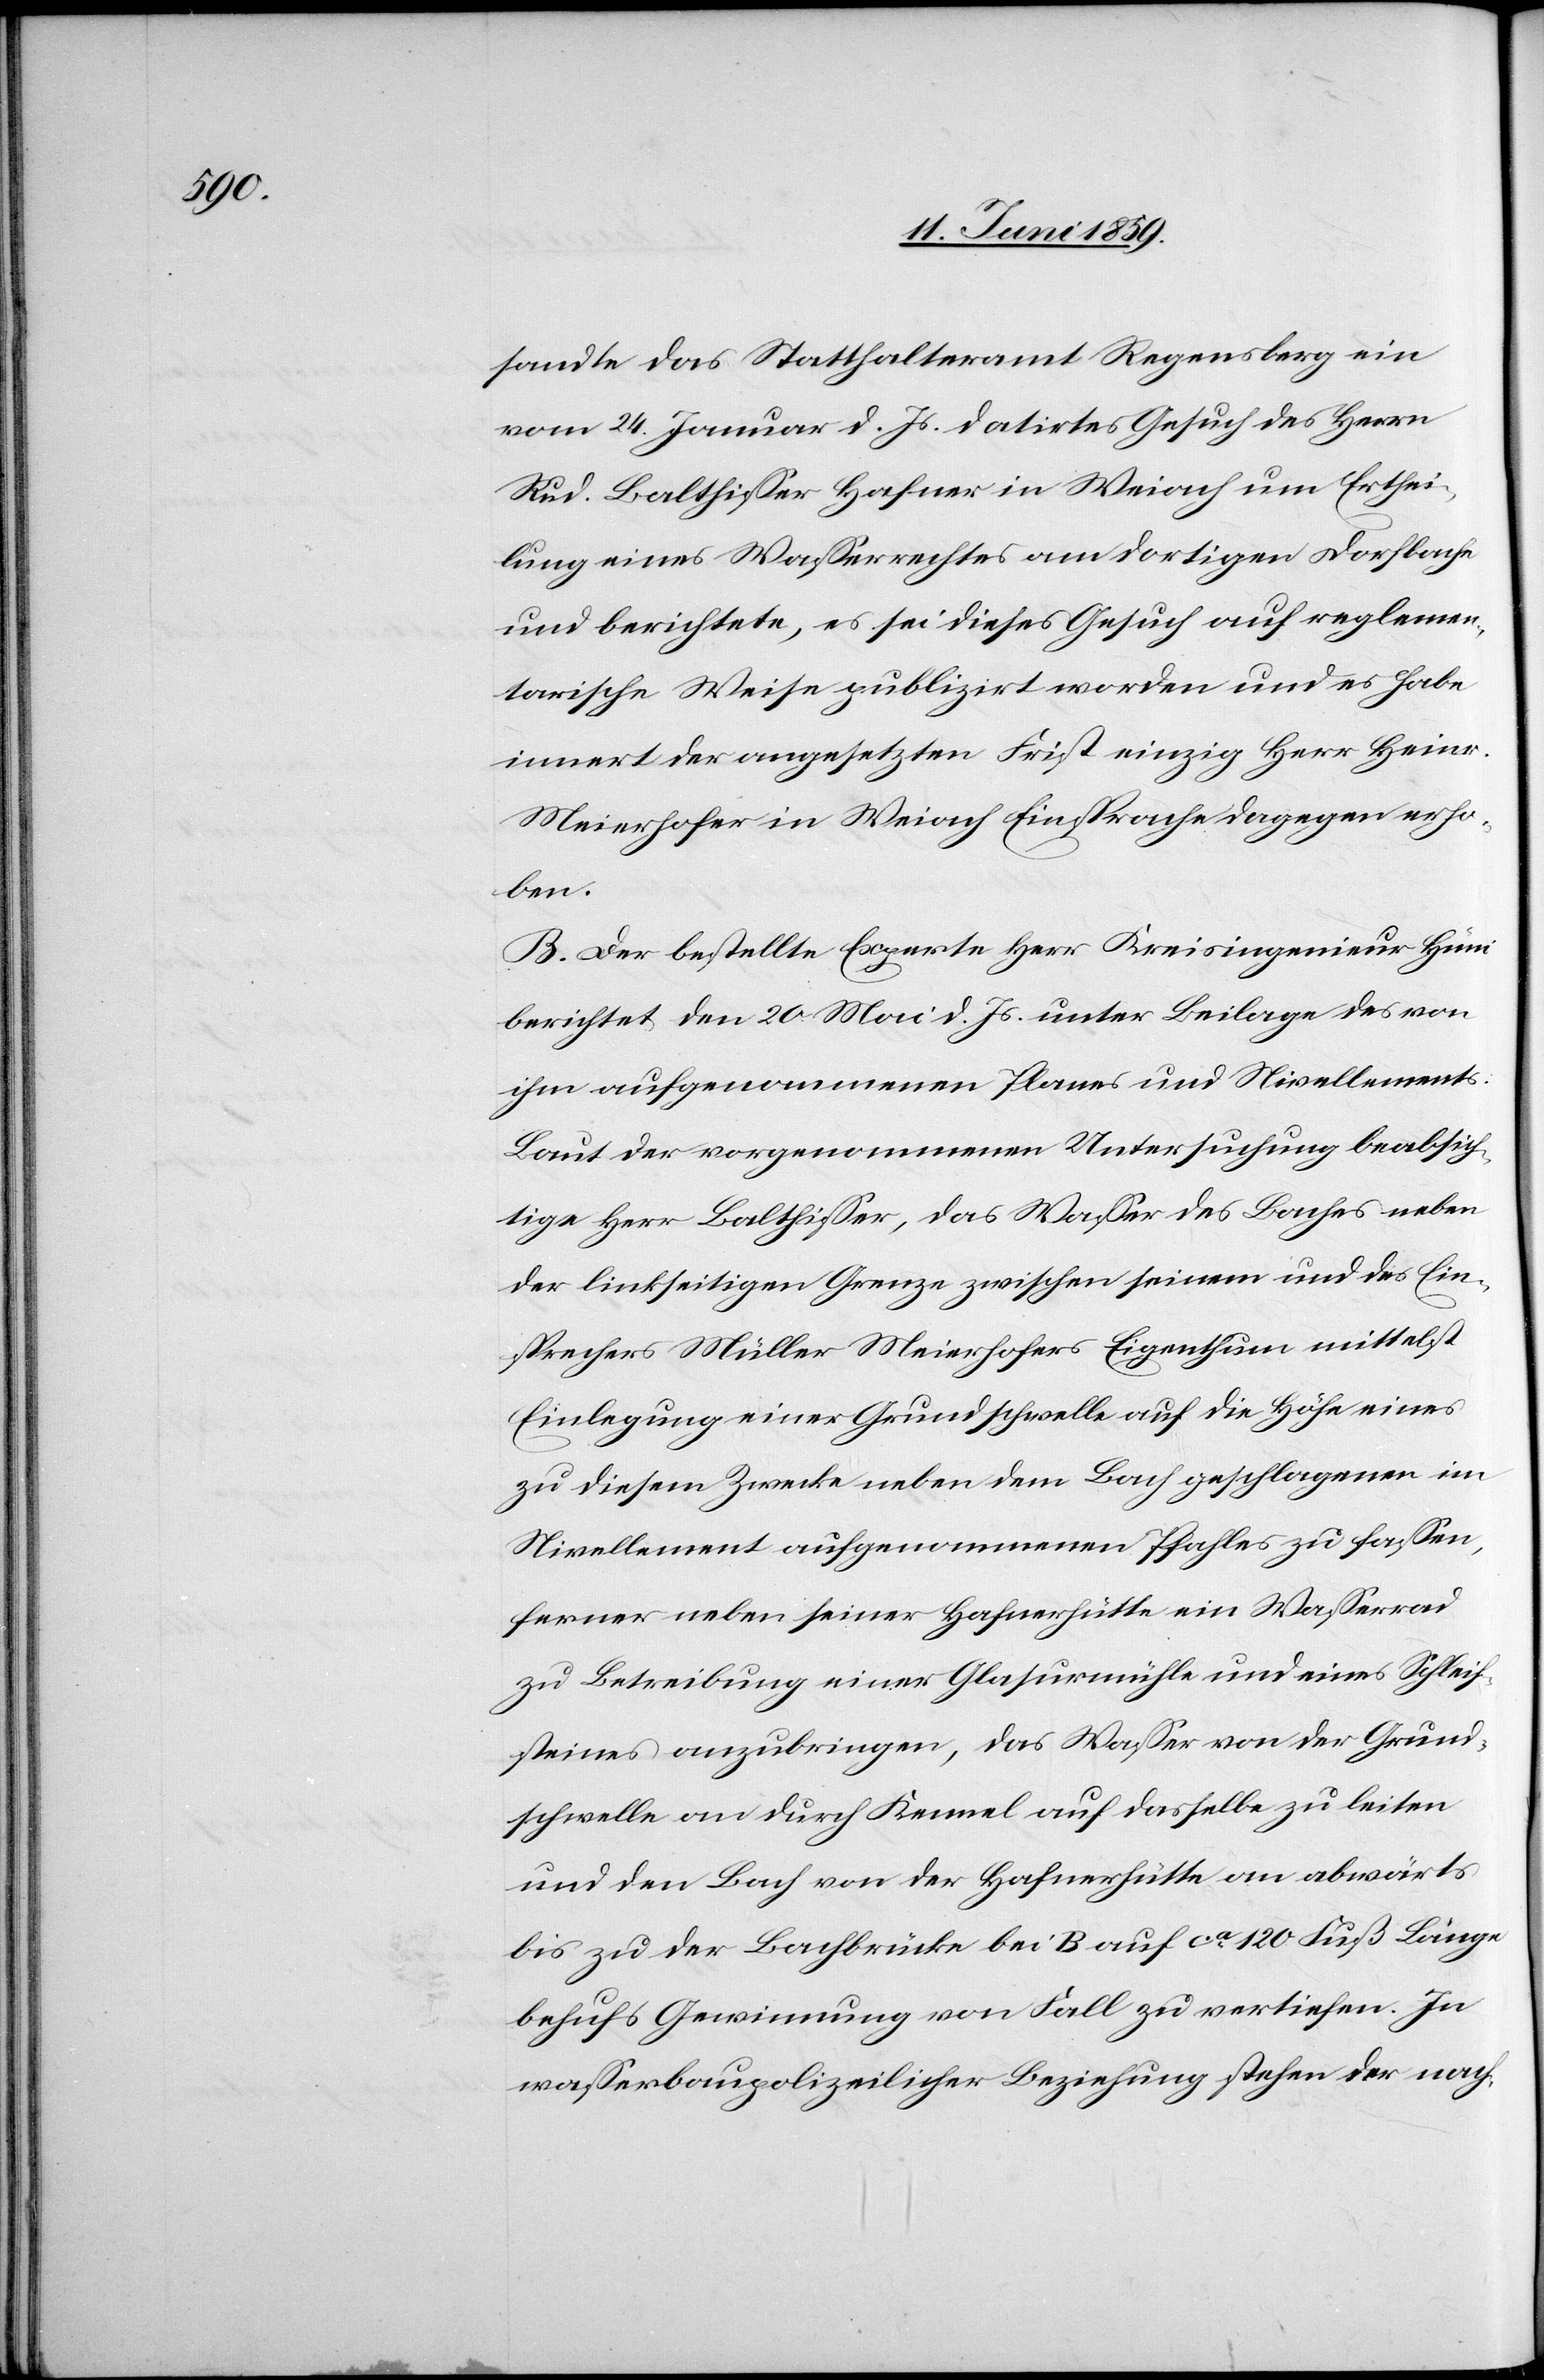
sandte das Statthalteramt Regensberg ein
vom 24. Januar d. Js. datirtes Gesuch des Herrn
Rud. Balthisser Hafner in Weiach um Erthei¬
lung eines Wasserrechtes am dortigen Dorfbache
und berichtete, es sei dieses Gesuch auf reglemen¬
tarische Weise publizirt worden und es habe
innert der angesetzten Frist einzig Herr Heinr.
Meierhofer in Weiach Einsprache dagegen erho¬
ben.
B. Der bestellte Experte Herr Kreisingenieur Hüni
berichtet den 20 Mai d. Js. unter Beilage des von
ihm aufgenommenen Planes und Nivellements:
Laut der vorgenommenen Untersuchung beabsich¬
tige Herr Balthisser, das Wasser des Baches neben
der linkseitigen Grenze zwischen seinem und des Ein¬
sprechers Müller Meierhofers Eigenthum mittelst
Einlegung einer Grundschwelle auf die Höfe eines
zu diesem Zwecke neben dem Bach geschlagenen im
Nivellement aufgenommenen Pfahles zu fassen,
ferner neben seiner Hafnerhütte ein Wasserrad
zu Betreibung einer Glasurmühle und eines Schleif¬
steines anzubringen, das Wasser von der Grund¬
schwelle an durch Kennel auf dasselbe zu leiten
und den Bach von der Hafnerhütte an abwärts
bis zu der Bachbrücke bei B auf ca 120 Fuß Länge
behufs Gewinnung von Fall zu vertiefen. In
wasserbaupolizeilicher Beziehung stehen der nach-